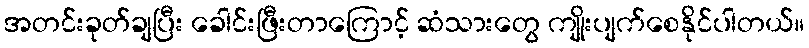
အတင်းခုတ်ချပြီး ခေါင်းဖြီးတာကြောင့် ဆံသားတွေ ကျိုးပျက်စေနိုင်ပါတယ်။